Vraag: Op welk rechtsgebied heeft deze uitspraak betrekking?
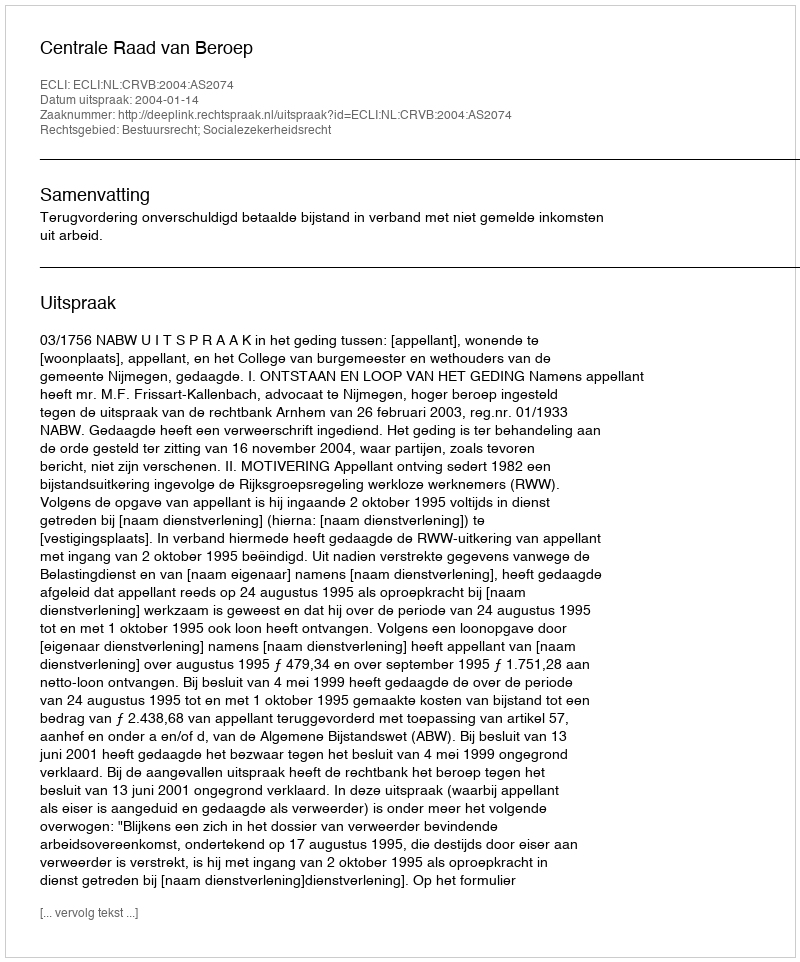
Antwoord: Bestuursrecht; Socialezekerheidsrecht